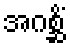
အဂစ္ဆိံ